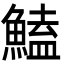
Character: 鰪